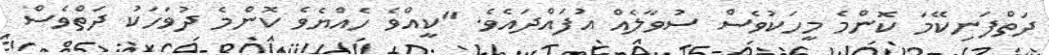
ދަތްފަނިކޭމަ ކޮންމެ މީހަކުވެސް ސުވާލެއް އުފައްދައެވެ. "ކީއްވެ ހެއްޔެވެ ކޮންމެ ދުވަހަކު ދަތްވެސް